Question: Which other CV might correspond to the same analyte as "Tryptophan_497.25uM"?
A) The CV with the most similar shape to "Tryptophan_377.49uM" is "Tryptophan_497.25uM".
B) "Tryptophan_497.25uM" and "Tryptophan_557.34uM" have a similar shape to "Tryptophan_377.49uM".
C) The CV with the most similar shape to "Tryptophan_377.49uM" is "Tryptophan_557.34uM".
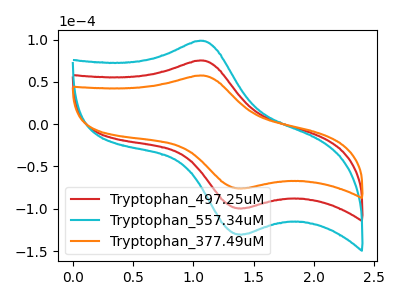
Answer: <think>The red curve "Tryptophan_497.25uM" has an anodic peak at (1.10V, 75.15uA) and a cathodic peak at (1.40V, -99.40uA). The cyan curve "Tryptophan_557.34uM" has an anodic peak at (1.10V, 150.25uA) and a cathodic peak at (1.40V, -198.80uA). The orange curve "Tryptophan_377.49uM" has an anodic peak at (1.10V, 57.35uA) and a cathodic peak at (1.40V, -75.90uA).
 All the peaks in "Tryptophan_497.25uM" have a peak in "Tryptophan_557.34uM" at the same potential. Every peak in "Tryptophan_497.25uM" is lower than every peak in "Tryptophan_557.34uM". All the peaks in "Tryptophan_497.25uM" have a peak in "Tryptophan_377.49uM" at the same potential. Every peak in "Tryptophan_497.25uM" is higher than every peak in "Tryptophan_377.49uM". All the peaks in "Tryptophan_557.34uM" have a peak in "Tryptophan_377.49uM" at the same potential. Every peak in "Tryptophan_557.34uM" is higher than every peak in "Tryptophan_377.49uM".</think>
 <answer>B) "Tryptophan_497.25uM" and "Tryptophan_557.34uM" have a similar shape to "Tryptophan_377.49uM".</answer>
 <eval>B</eval>